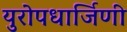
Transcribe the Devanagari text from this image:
युरोपधार्जिणी